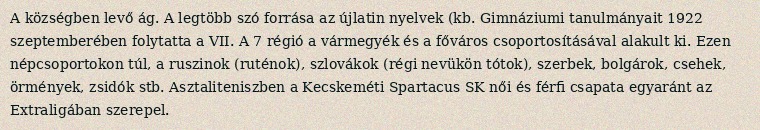
A községben levő ág. A legtöbb szó forrása az újlatin nyelvek (kb. Gimnáziumi tanulmányait 1922 szeptemberében folytatta a VII. A 7 régió a vármegyék és a főváros csoportosításával alakult ki. Ezen népcsoportokon túl, a ruszinok (ruténok), szlovákok (régi nevükön tótok), szerbek, bolgárok, csehek, örmények, zsidók stb. Asztaliteniszben a Kecskeméti Spartacus SK női és férfi csapata egyaránt az Extraligában szerepel.